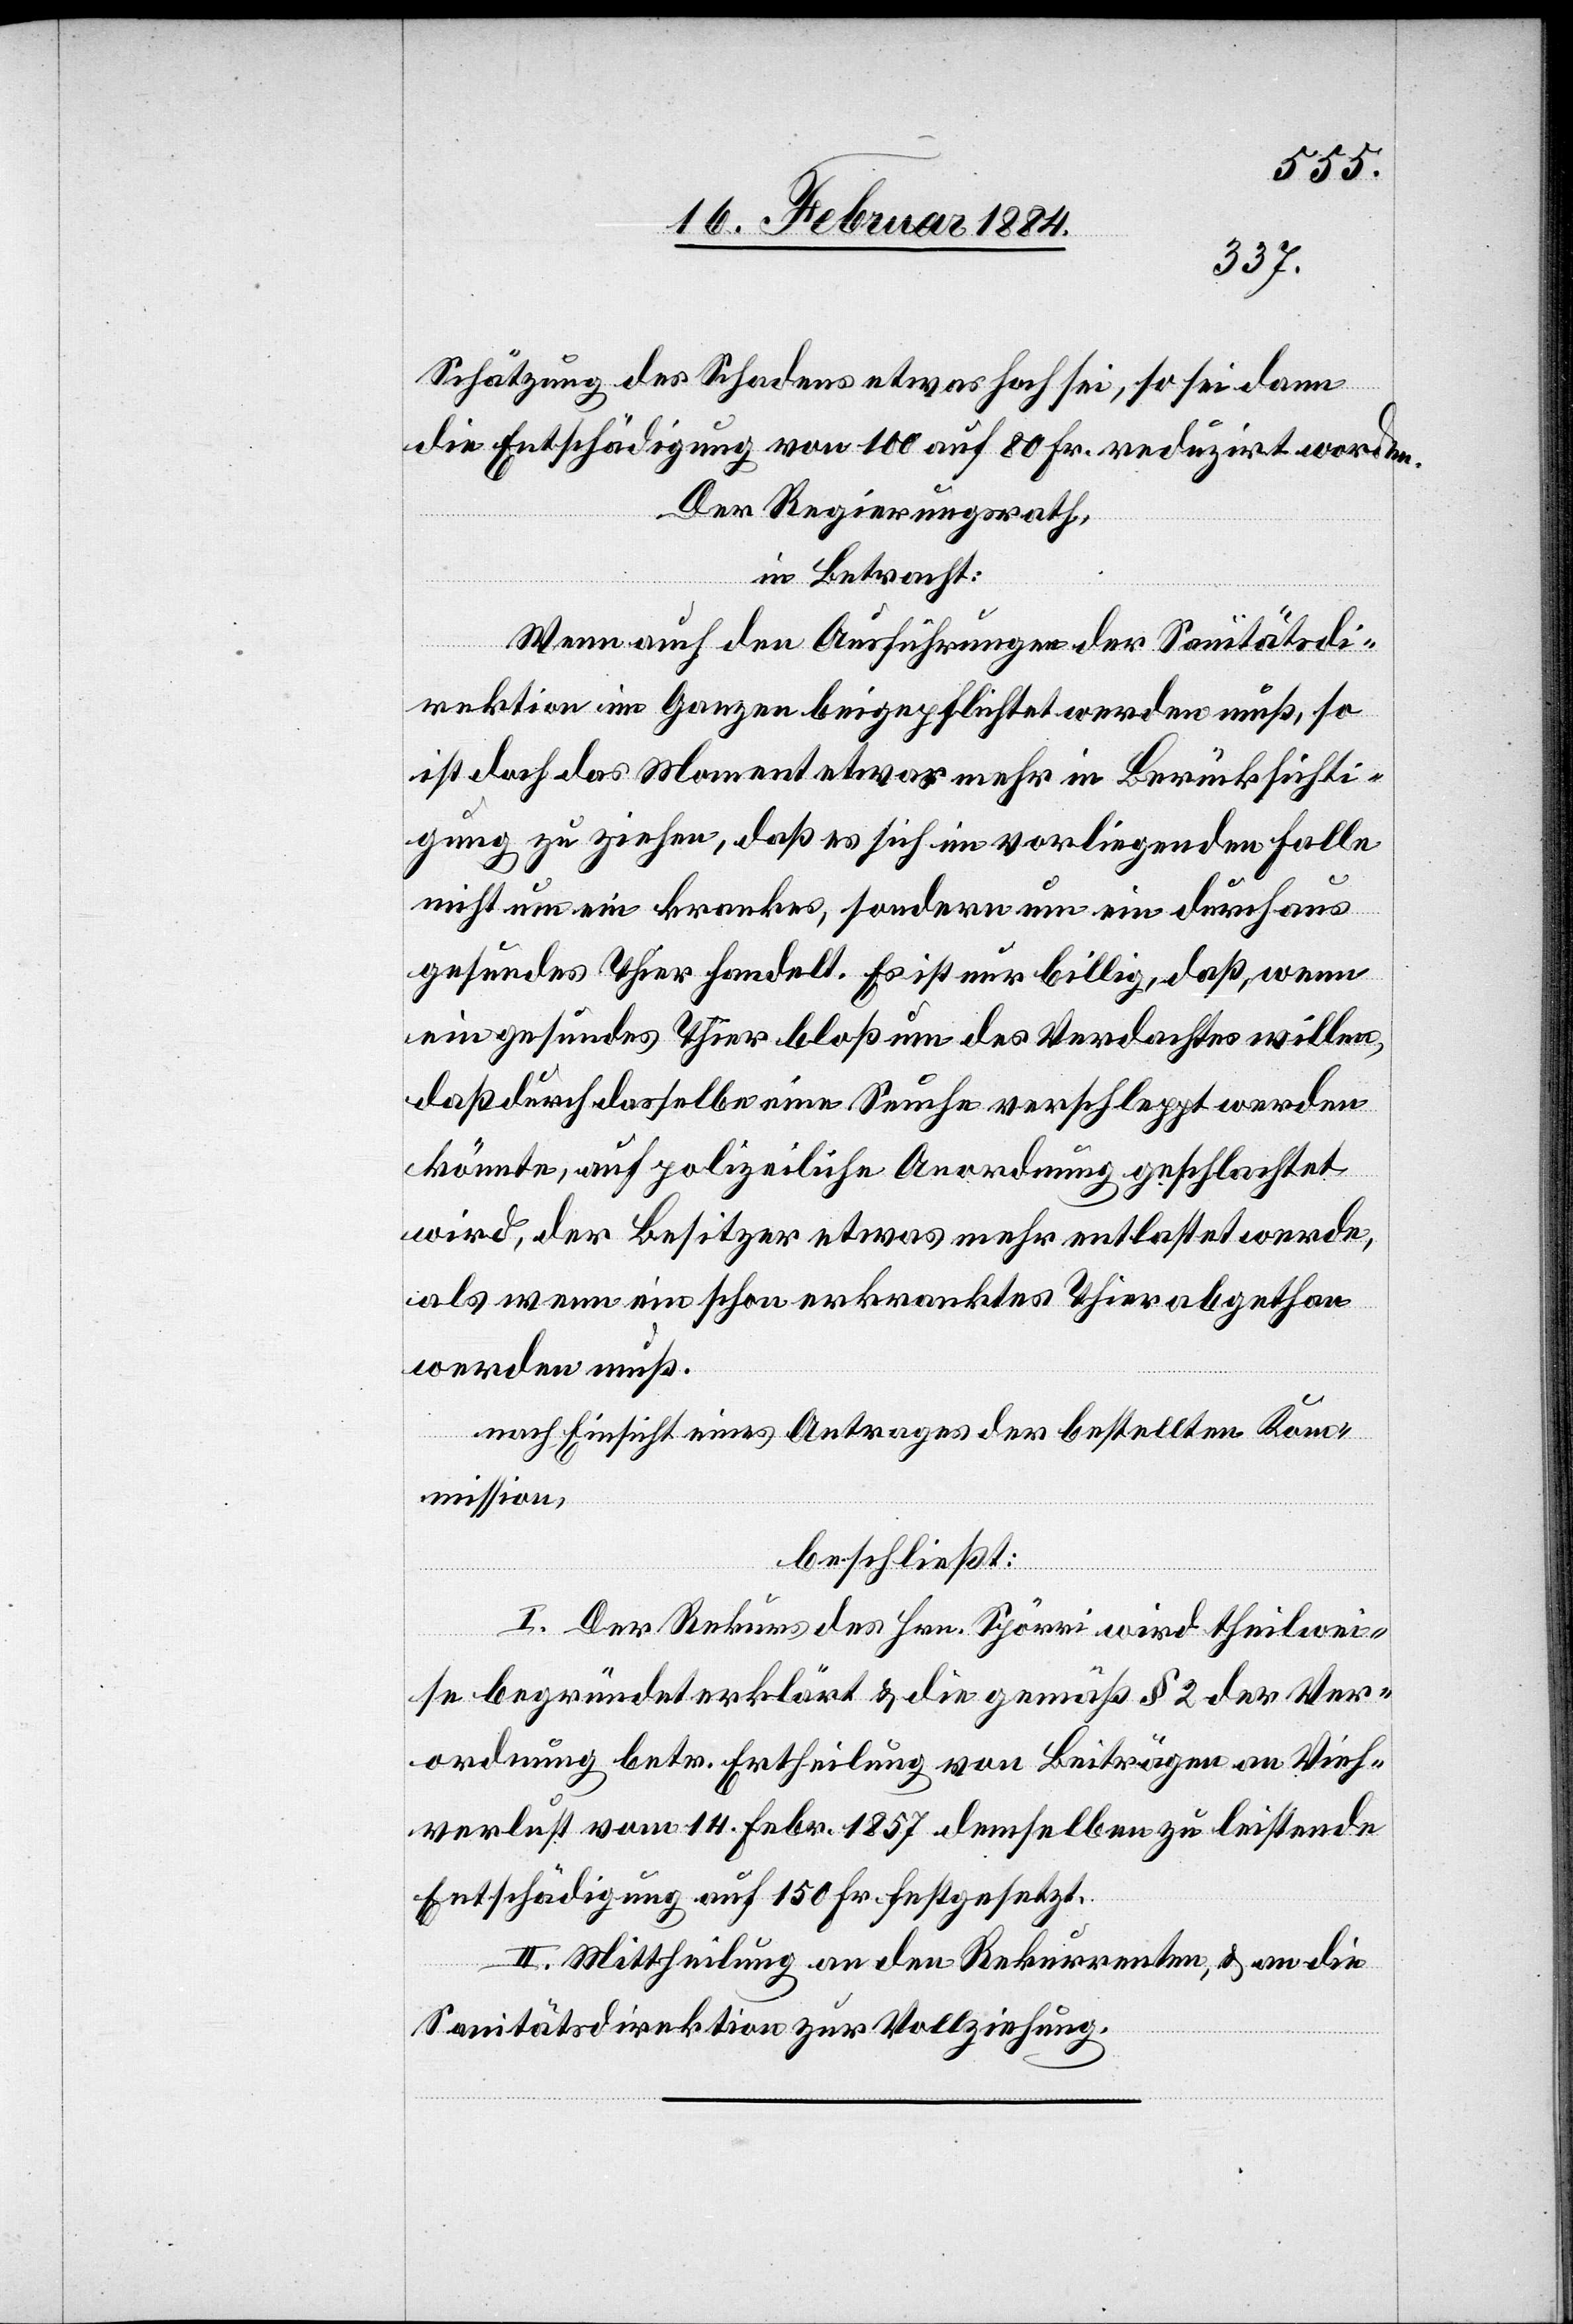
Schätzung des Schadens etwas hoch sei, so sei dann
die Entschädigung von 100 auf 80 Fr. reduzirt worden.
Der Regierungsrath,
in Betracht:
Wenn auch den Ausführungen der Sanitätsdi¬
rektion im Ganzen beigepflichtet werden muß, so
ist doch das Moment etwas mehr in Berücksichti¬
gung zu ziehen, daß es sich im vorliegenden Falle
nicht um ein krankes, sondern um ein durchaus
gesundes Thier handelt. Es ist nur billig, daß, wenn
ein gesundes Thier bloß um des Verdachtes willen,
daß durch dasselbe eine Seuche verschleppt werden
könnte, auf polizeiliche Anordnung geschlachtet
wird, der Besitzer etwas mehr entlastet werde,
als wenn ein schon erkranktes Thier abgethan
werden muß.
Nach Einsicht eines Antrages der bestellten Kom¬
mission,
beschließt:
I. Der Rekurs des Hrn. Spörri wird theilwei¬
se begründet erklärt & die gemäß § 2 der Ver¬
ordnung betr. Ertheilung von Beiträgen an Vieh¬
verlust vom 14. Febr. 1857 demselben zu leistende
Entschädigung auf 150 Fr. festgesetzt.
II. Mittheilung an den Rekurrenten, & an die
Sanitätsdirektion zur Vollziehung.